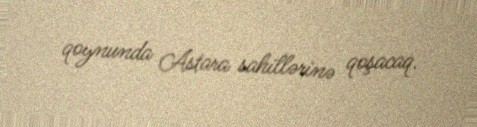
qoynunda Astara sahillərinə qoşacaq.